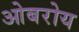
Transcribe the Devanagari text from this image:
ओबरोय